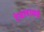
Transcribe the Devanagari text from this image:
टेबलाकडे